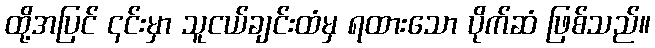
ထို့အပြင် ၎င်းမှာ သူငယ်ချင်းထံမှ ရထားသော ပိုက်ဆံ ဖြစ်သည်။